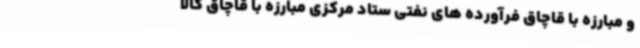
و مبارزه با قاچاق فرآورده های نفتی ستاد مرکزی مبارزه با قاچاق کالا